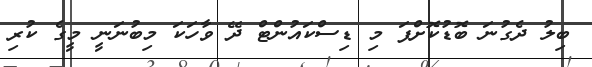
ބިލު ދެގުނަ ބޮޑުކޮށްފަ މި ޑިސްކައުންޓް ދޭ ވާހަކަ މިބުނަނީ މީގެ ކުރި